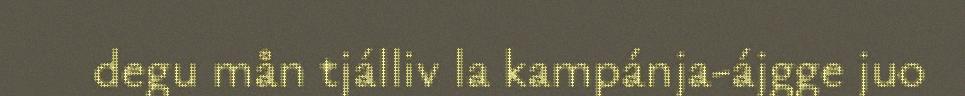
degu mån tjálliv la kampánja-ájgge juo